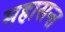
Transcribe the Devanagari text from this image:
महासन्त